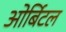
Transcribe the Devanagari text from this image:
ओर्बिटल